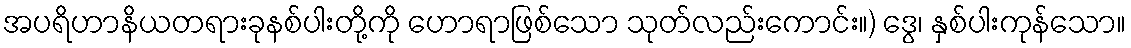
အပရိဟာနိယတရားခုနစ်ပါးတို့ကို ဟောရာဖြစ်သော သုတ်လည်းကောင်း။) ဒွေ၊ နှစ်ပါးကုန်သော။